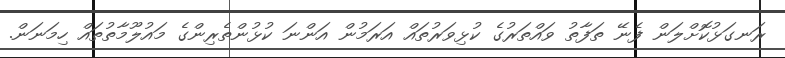
ރަނގަޅުކޮށްލަން ފެނޭ ތަފާތު ވައްތަރުގެ ކުޅިވަރުތައް އަރަމުން އަންނަ ކުޅުންތެރިންގެ މައުލޫމާތުތައް ހިމަނަން.